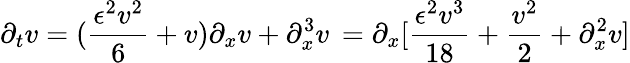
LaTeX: \partial_{t}v=({\frac{\epsilon^{2}v^{2}}{6}}+v){\partial_{x}v}+\partial_{x}^{3}v\, =\partial_{x}[{\frac{\epsilon^{2}v^{3}}{18}}+{\frac{v^{2}}{2}}+\partial_{x}^{2}v]